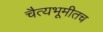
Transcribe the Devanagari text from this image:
चैत्यभूमीतच